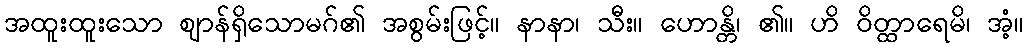
အထူးထူးသော ဈာန်ရှိသောမဂ်၏ အစွမ်းဖြင့်။ နာနာ၊ သီး။ ဟောန္တိ၊ ၏။ ဟိ ဝိတ္ထာရေမိ၊ အံ့။